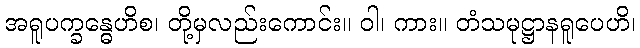
အရူပက္ခန္ဓေဟိစ၊ တို့မှလည်းကောင်း။ ဝါ၊ ကား။ တံသမုဋ္ဌာနရူပေဟိ၊